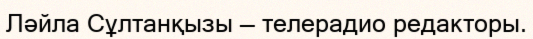
Ләйла Сұлтанқызы — телерадио редакторы.